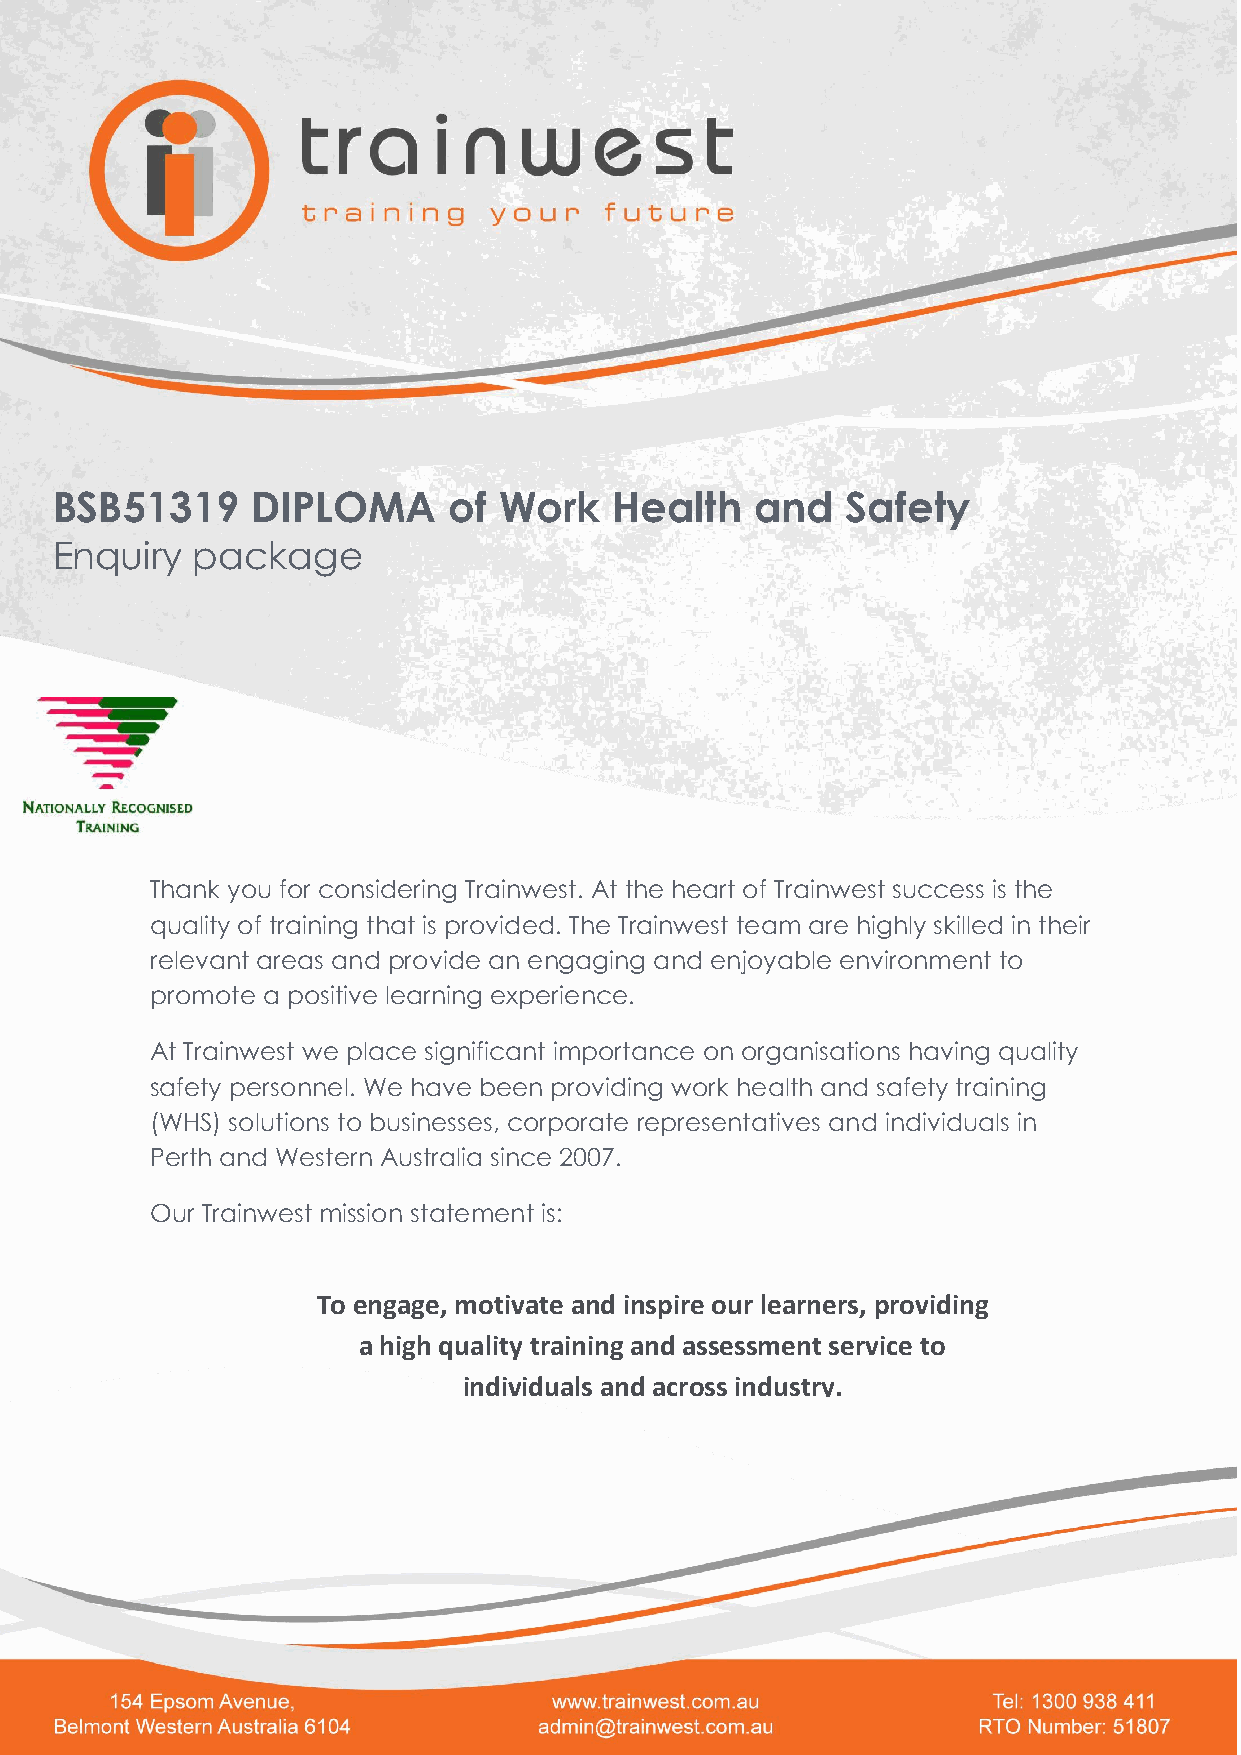
BSB51319      DIPLOMA      of Work    Health   and   Safety
 Enquiry   package
 Thank you for considering Trainwest. At the heart of Trainwest success is the
 quality of training that is provided. The Trainwest team are highly skilled in their
 relevant areas and provide an engaging and enjoyable environment to
 promote a positive learning experience.
 At Trainwest we place significant importance on organisations having quality
 safety personnel. We have been providing work health and safety training
 (WHS) solutions to businesses, corporate representatives and individuals in
 Perth and Western Australia since 2007.
 Our Trainwest mission statement is:
 To engage, motivate and inspire our learners, providing
 a high quality training and assessment service to
 individuals and across industry.